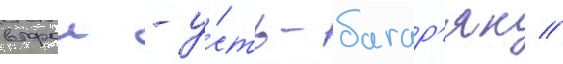
второи - у́сть-багар'як //